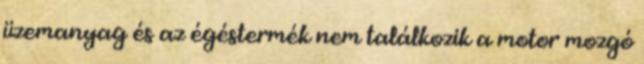
üzemanyag és az égéstermék nem találkozik a motor mozgó